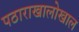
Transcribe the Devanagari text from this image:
पठाराखालोखाल